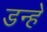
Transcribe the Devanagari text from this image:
डन्हें